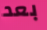
بعد